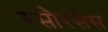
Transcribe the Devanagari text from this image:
रेसौरसेस